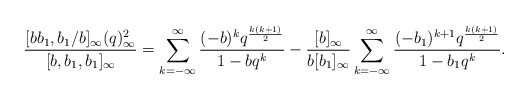
\begin{align*}\frac{[bb_1,b_1/b]_\infty(q)_\infty^2}{[b,b_1,b_1]_\infty}=\sum_{k=-\infty}^\infty\frac{(-b)^kq^{\frac{k(k+1)}{2}}}{1-bq^k}-\frac{[b]_\infty}{b[b_1]_\infty}\sum_{k=-\infty}^\infty\frac{(-b_1)^{k+1}q^{\frac{k(k+1)}{2}}}{1-b_1q^k} .\end{align*}